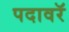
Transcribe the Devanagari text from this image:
पदावरॅ